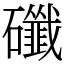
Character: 䃸